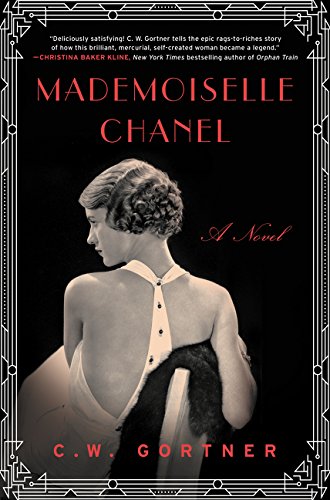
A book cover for Mademoiselle Chanel: A Novel; C. W. Gortner; Literature & Fiction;